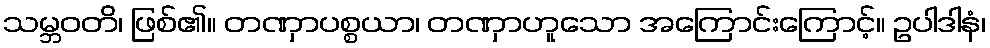
သမ္ဘဝတိ၊ ဖြစ်၏။ တဏှာပစ္စယာ၊ တဏှာဟူသော အကြောင်းကြောင့်။ ဥပါဒါနံ၊